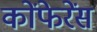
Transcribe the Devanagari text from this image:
कोंफेरेंस